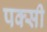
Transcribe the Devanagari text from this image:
पक्सी